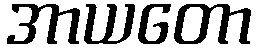
အာယတော